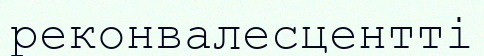
реконвалесцентті